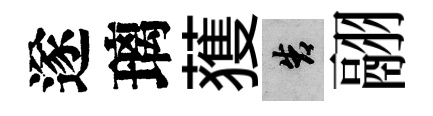
遂璃𫉬告翮